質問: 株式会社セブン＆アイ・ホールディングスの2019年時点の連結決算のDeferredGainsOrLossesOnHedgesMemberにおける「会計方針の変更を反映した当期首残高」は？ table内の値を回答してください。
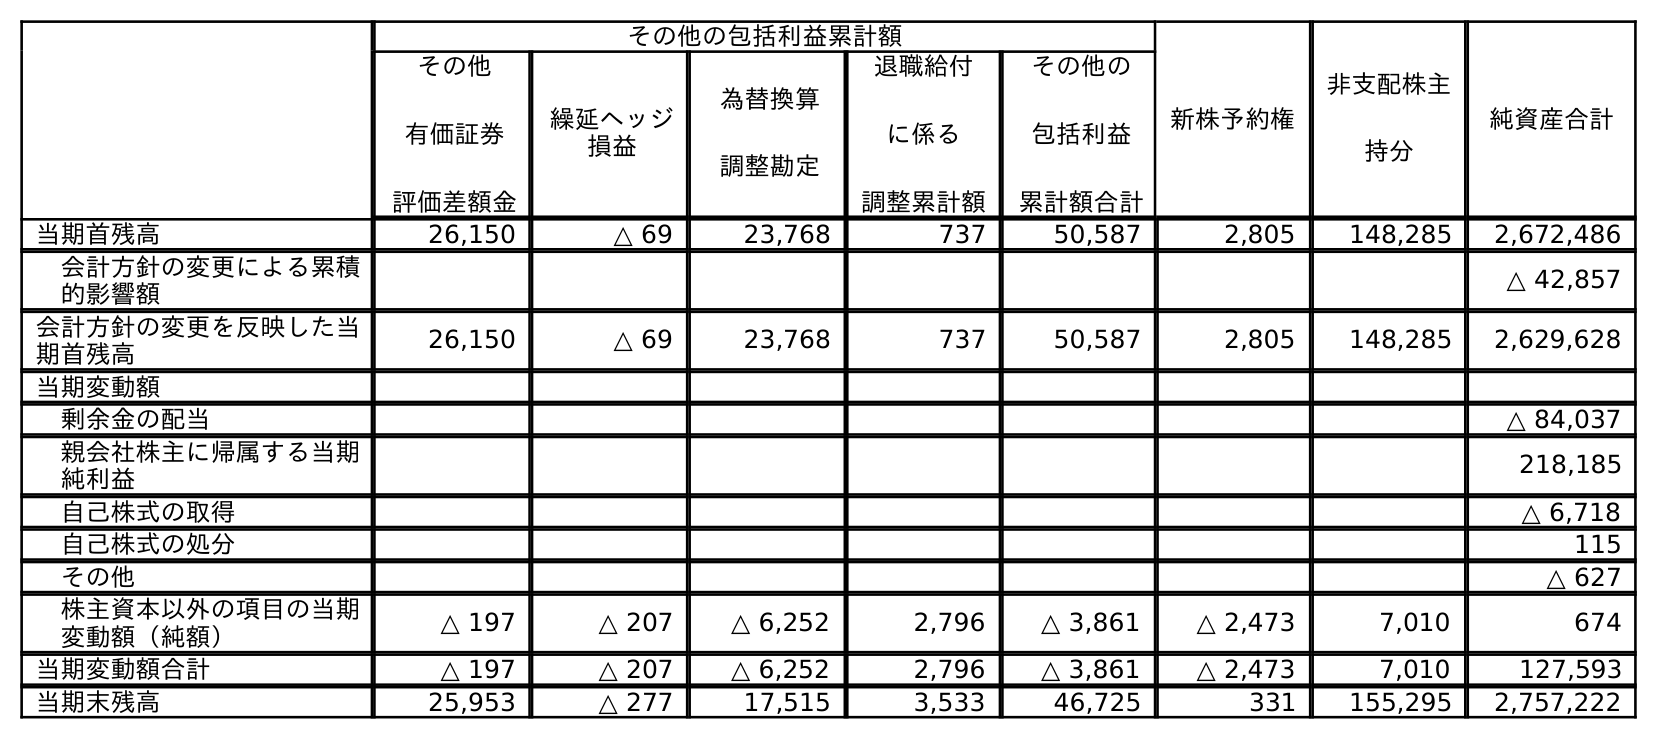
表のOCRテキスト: その他の包括利益累計額 新株予約権 非支配株主 持分 純資産合計 その他 有価証券 評価差額金 繰延ヘッジ 損益 為替換算 調整勘定 退職給付 に係る 調整累計額 その他の 包括利益 累計額合計 当期首残高 26,150 △ 69 23,768 737 50,587 2,805 148,285 2,672,486 会計方針の変更による累積 的影響額 △ 42,857 会計方針の変更を反映した当 期首残高 26,150 △ 69 23,768 737 50,587 2,805 148,285 2,629,628 当期変動額 剰余金の配当 △ 84,037 親会社株主に帰属する当期 純利益 218,185 自己株式の取得 △ 6,718 自己株式の処分 115 その他 △ 627 株主資本以外の項目の当期 変動額（純額） △ 197 △ 207 △ 6,252 2,796 △ 3,861 △ 2,473 7,010 674 当期変動額合計 △ 197 △ 207 △ 6,252 2,796 △ 3,861 △ 2,473 7,010 127,593 当期末残高 25,953 △ 277 17,515 3,533 46,725 331 155,295 2,757,222
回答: △69